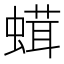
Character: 𧎣